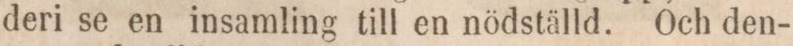
deri se en insamling till en nödställd. Och den-